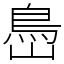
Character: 㠀